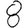
Digit: 8